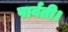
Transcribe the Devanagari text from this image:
पार्वती।